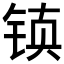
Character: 𰾂